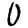
Digit: 0